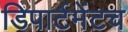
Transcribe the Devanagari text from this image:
डिपार्टमेंटच